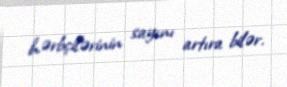
hərbçilərinin sayını artıra bilər.